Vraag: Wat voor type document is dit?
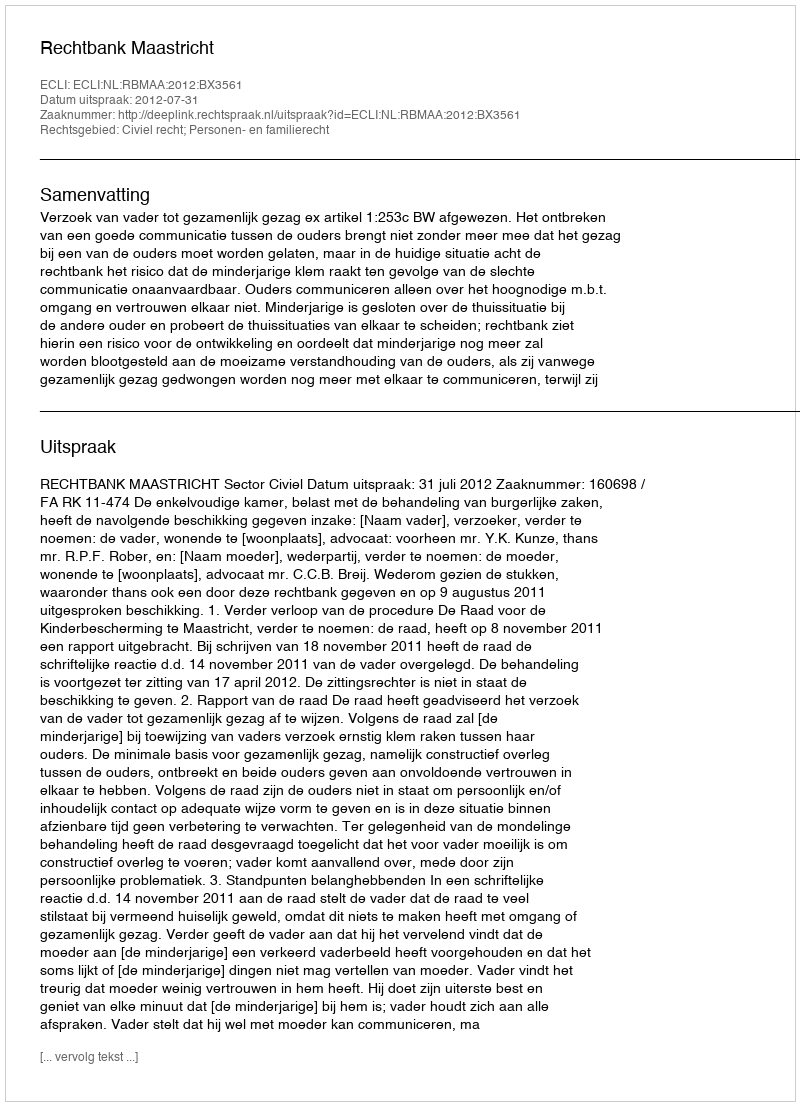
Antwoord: Uitspraak